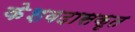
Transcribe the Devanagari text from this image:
केशवदासकृत